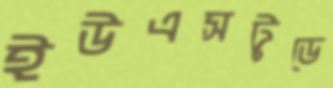
ইউএসটুডে